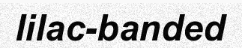
lilac-banded